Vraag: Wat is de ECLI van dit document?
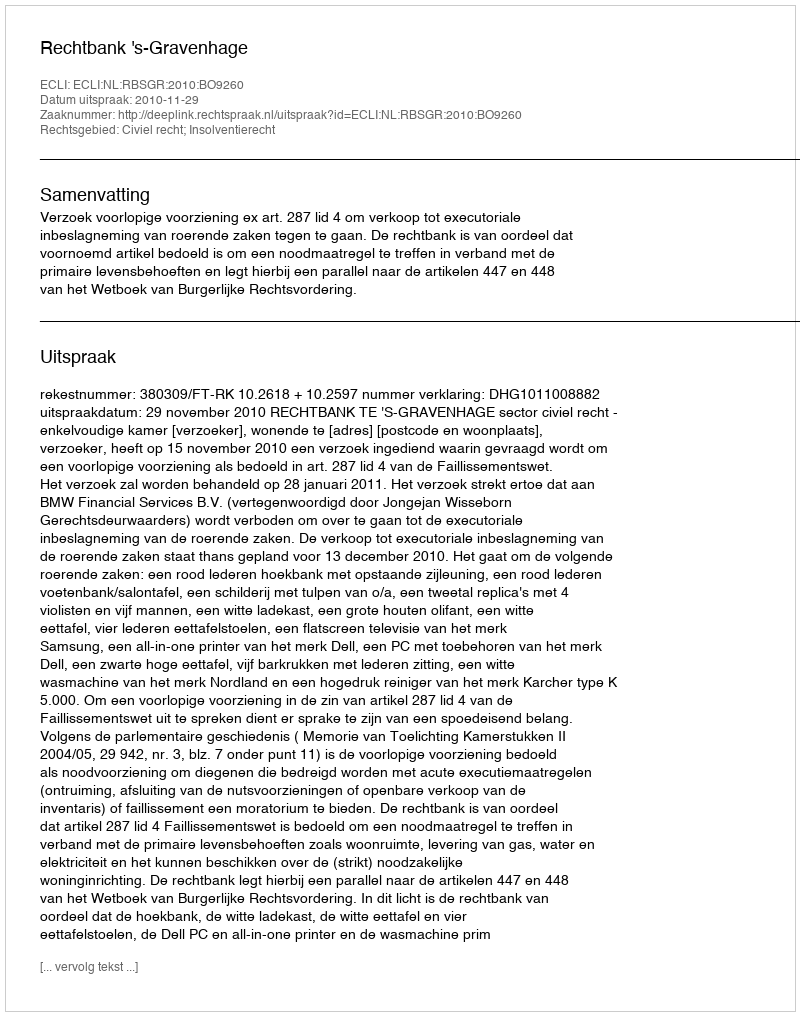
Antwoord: ECLI:NL:RBSGR:2010:BO9260